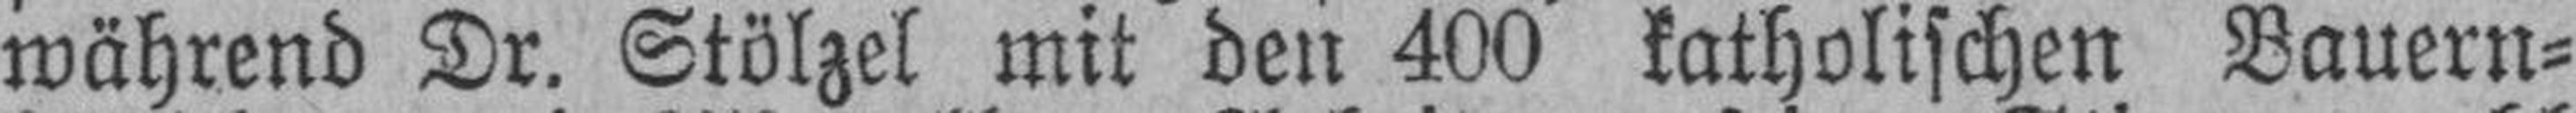
während Dr. Stölzel mit den 400 katholischen Bauern¬